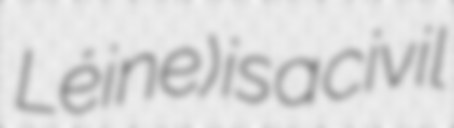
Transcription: Léine) is a civil